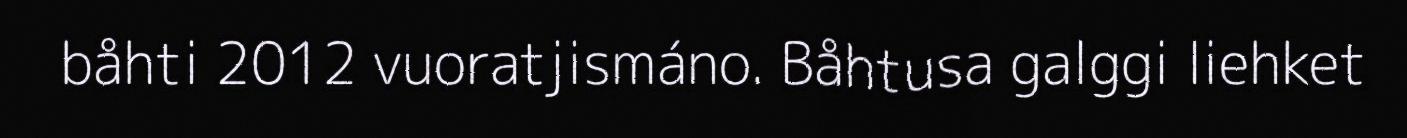
båhti 2012 vuoratjismáno. Båhtusa galggi liehket